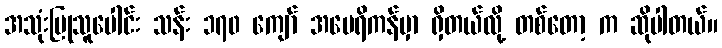
အသုံးပြုသူပေါင်း သန်း ၁၇၀ ကျော် အမေရိကန်မှာ ရှိတယ်လို့ တစ်တော့ က ဆိုပါတယ်။